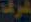
شرف